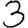
Digit: 3